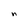
Character: n